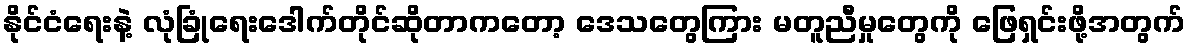
နိုင်ငံရေးနဲ့ လုံခြုံရေးဒေါက်တိုင်ဆိုတာကတော့ ဒေသတွေကြား မတူညီမှုတွေကို ဖြေရှင်းဖို့အတွက်